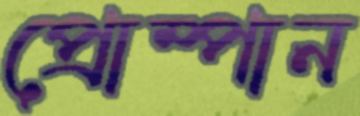
প্রোম্পান